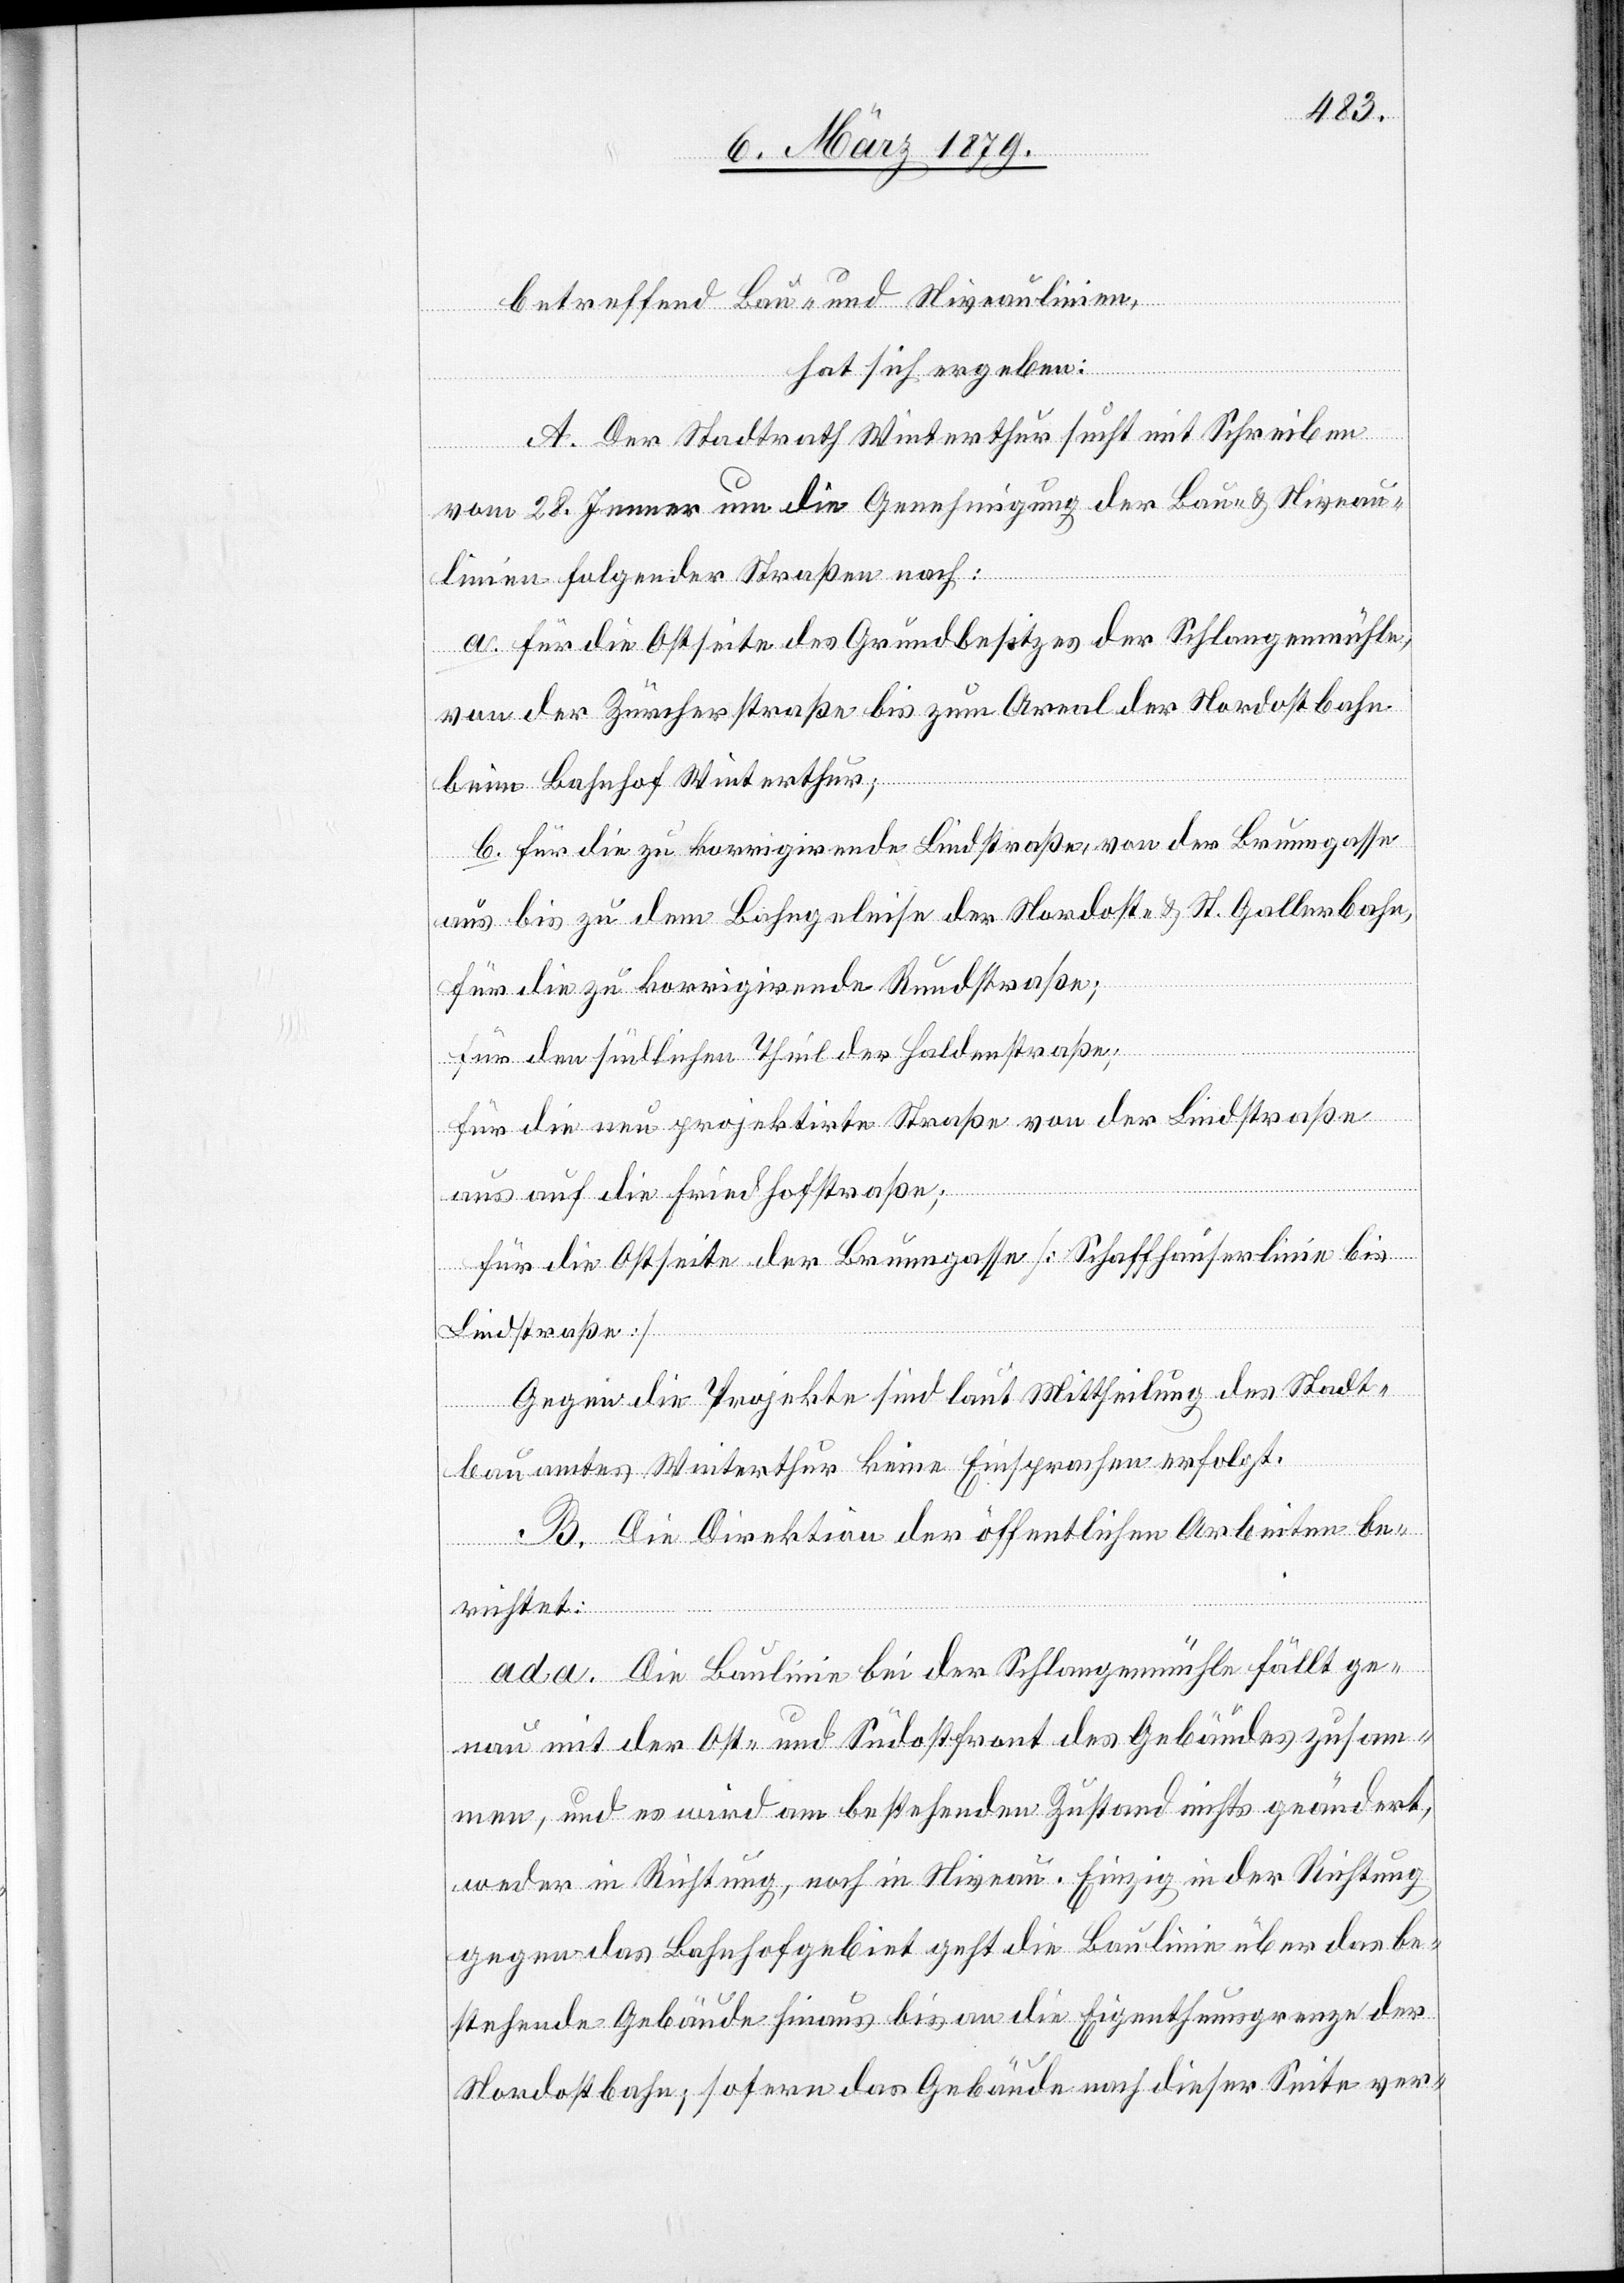
betreffend Bau- und Niveaulinien,
hat sich ergeben:
A. Der Stadtrath Winterthur sucht mit Schreiben
vom 28. Jenner um die Genehmigung der Bau- & Niveau¬
linien folgender Straßen nach:
a. für die Ostseite des Grundbesitzes der Schlangenmühle,
von der Zürcherstraße bis zum Areal der Nordostbahn
beim Bahnhof Winterthur;
b. für die zu korrigirende Lindstraße, von der Brunngasse
aus bis zu dem Bahngeleise der Nordost- & St. Gallerbahn,
für die zu korrigirende Rundstraße;
für den südlichen Theil der Haldenstraße;
für die neu projektirte Straße von der Lindstraße
aus auf die Friedhofstraße;
für die Ostseite der Brunngasse [Schaffhauserlinie bis
Lindstraße].
Gegen die Projekte sind laut Mittheilung des Stadt¬
bauamtes Winterthur keine Einsprachen erfolgt.
B. Die Direktion der öffentlichen Arbeiten be¬
richtet:
ad a. Die Baulinie bei der Schlangenmühle fällt ge¬
nau mit der Ost- und Südostfront des Gebäudes zusam¬
men, und es wird am bestehenden Zustand nichts geändert,
weder in Richtung, noch in Niveau. Einzig in der Richtung
gegen das Bahnhofgebiet geht die Baulinie über das be¬
stehende Gebäude hinaus bis an die Eigenthumsgrenze der
Nordostbahn; sofern das Gebäude nach dieser Seite ver-